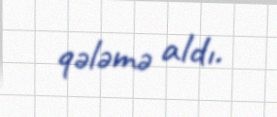
qələmə aldı.